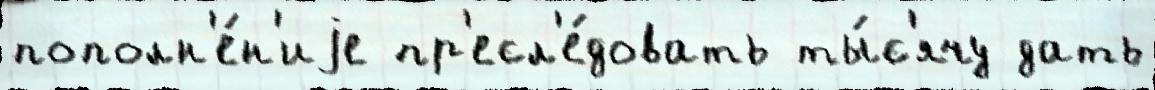
пополн'е́н'иjе пр'есл'е́довать ты́с'ячу дать